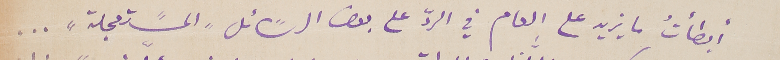
أبطأتُ ما يزيد على العام في الردّ على بعض الرسًائل "المسًتعجلة" ...